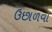
ઉછાળવા